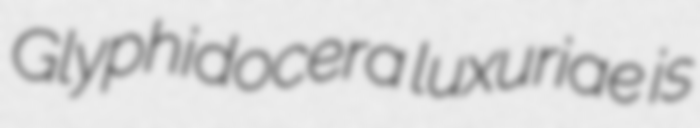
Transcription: Glyphidocera luxuriae is